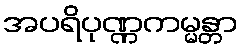
အပရိပုဏ္ဏကမ္မန္တာ